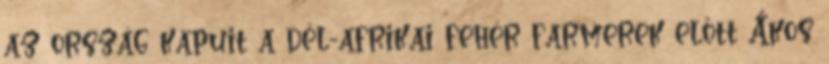
az ország kapuit a dél-afrikai fehér farmerek előtt Ákos